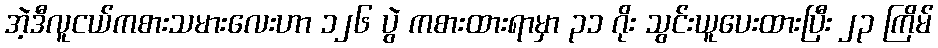
အဲ့ဒီလူငယ်ကစားသမားလေးဟာ ၁၂၆ ပွဲ ကစားထားရာမှာ ၃၁ ဂိုး သွင်းယူပေးထားပြီး ၂၃ ကြိမ်